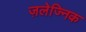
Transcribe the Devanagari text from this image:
ज़लेज्निक